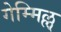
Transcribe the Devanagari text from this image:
गेम्मिल्ल्